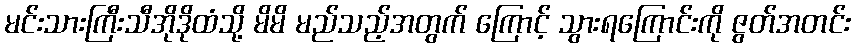
မင်းသားကြီးသီအိုဒိုထံသို့ မိမိ မည်သည့်အတွက် ကြောင့် သွားရကြောင်းကို ဇွတ်အတင်း